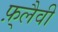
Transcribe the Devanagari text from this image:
फ़्लैवी